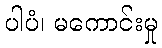
ပါပံ၊ မကောင်းမှု